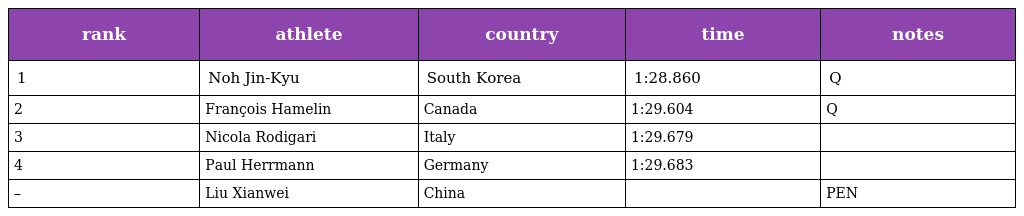
| rank | athlete | country | time | notes |
 | --- | --- | --- | --- | --- |
 | 1 | Noh Jin-Kyu | South Korea | 1:28.860 | Q |
 | 2 | François Hamelin | Canada | 1:29.604 | Q |
 | 3 | Nicola Rodigari | Italy | 1:29.679 |  |
 | 4 | Paul Herrmann | Germany | 1:29.683 |  |
 | – | Liu Xianwei | China |  | PEN |